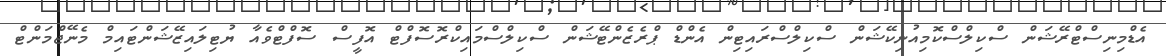
އެޑްމިނިސްޓްރޭޝަން ސްކިލްސްކޮމިއުނިކޭޝަން ސްކިލްސްރައިޓިން އެންޑް ޕްރެޒެންޓޭޝަން ސްކިލްސްމައިކްރޮސޮފްޓް އޮފީސް ސޮފްޓްވެއާ ޔުޓިލައިޒޭޝަންޓައިމް މެނޭޖްމަންޓް